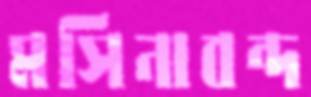
মসিনাবন্দ